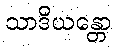
သာဒိယန္တော